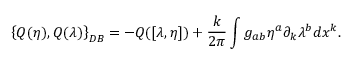
\left\{ Q ( \eta ) , Q ( \lambda ) \right\} _ { D B } = - Q ( [ \lambda , \eta ] ) + { \frac { k } { 2 \pi } } \int g _ { a b } \eta ^ { a } \partial _ { k } \lambda ^ { b } d x ^ { k } .